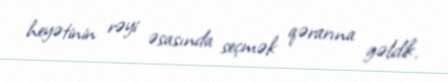
heyətinin rəyi əsasında seçmək qərarına gəldik.